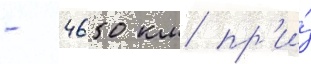
- 4650 км пр'и́